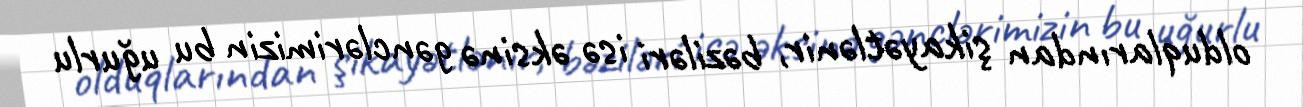
olduqlarından şikayətlənir, bəziləri isə əksinə gənclərimizin bu uğurlu